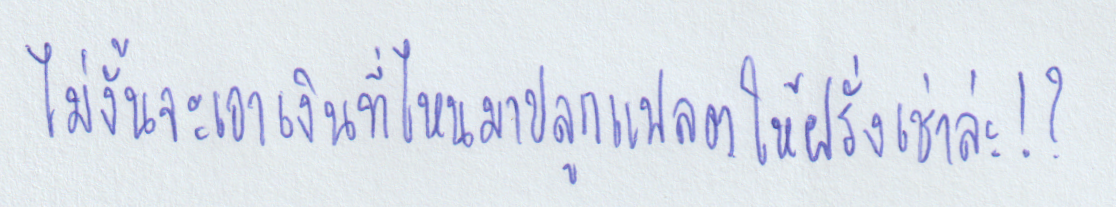
ไม่งั้นจะเอาเงินที่ไหนมาปลูกแฟลตให้ฝรั่งเช่าล่ะ!?